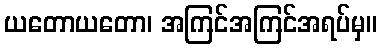
ယတောယတော၊ အကြင်အကြင်အရပ်မှ။